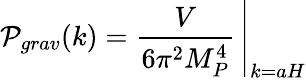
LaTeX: {\cal P}_{grav}(k)=\left.{\frac{V}{6\pi^{2}M_{P}^{4}}}\, \right|_{k=aH}